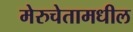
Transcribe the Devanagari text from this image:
मेरुचेतामधील